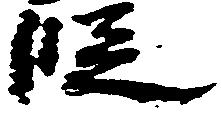
段